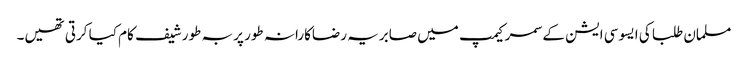
مسلمان طلبا کی ایسوسی ایشن کے سمر کیمپ میں صابریہ رضاکارانہ طور پر بہ طور شیف کام کیا کرتی تھیں۔